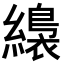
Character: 𦆚